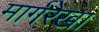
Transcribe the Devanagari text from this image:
मार्गरेखा